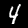
Digit: 4